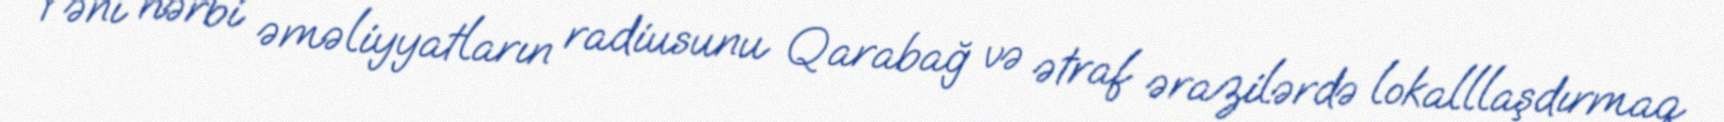
Yəni hərbi əməliyyatların radiusunu Qarabağ və ətraf ərazilərdə lokalllaşdırmaq